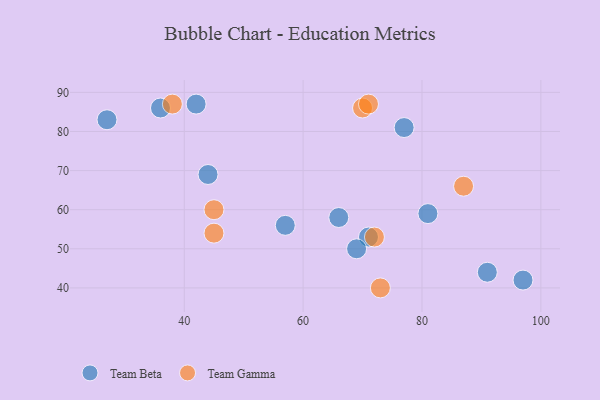
{"axis": {"x": "GDP", "y": "Life Expectancy"}, "legend": ["Team Beta", "Team Gamma"], "data": [{"x": "81", "y": 59, "type": "Team Beta"}, {"x": "71", "y": 53, "type": "Team Beta"}, {"x": "57", "y": 56, "type": "Team Beta"}, {"x": "27", "y": 83, "type": "Team Beta"}, {"x": "77", "y": 81, "type": "Team Beta"}, {"x": "91", "y": 44, "type": "Team Beta"}, {"x": "69", "y": 50, "type": "Team Beta"}, {"x": "36", "y": 86, "type": "Team Beta"}, {"x": "66", "y": 58, "type": "Team Beta"}, {"x": "97", "y": 42, "type": "Team Beta"}, {"x": "42", "y": 87, "type": "Team Beta"}, {"x": "44", "y": 69, "type": "Team Beta"}, {"x": "72", "y": 53, "type": "Team Gamma"}, {"x": "87", "y": 66, "type": "Team Gamma"}, {"x": "70", "y": 86, "type": "Team Gamma"}, {"x": "73", "y": 40, "type": "Team Gamma"}, {"x": "71", "y": 87, "type": "Team Gamma"}, {"x": "38", "y": 87, "type": "Team Gamma"}, {"x": "45", "y": 60, "type": "Team Gamma"}, {"x": "45", "y": 54, "type": "Team Gamma"}]}